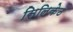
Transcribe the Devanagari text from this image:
सिलिकेठ